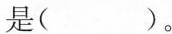
是( )。